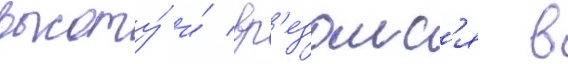
высоту́ и́ вр'езалс'я в